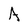
Character: A